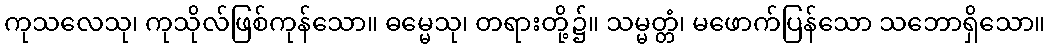
ကုသလေသု၊ ကုသိုလ်ဖြစ်ကုန်သော။ ဓမ္မေသု၊ တရားတို့၌။ သမ္မတ္တံ၊ မဖောက်ပြန်သော သဘောရှိသော။